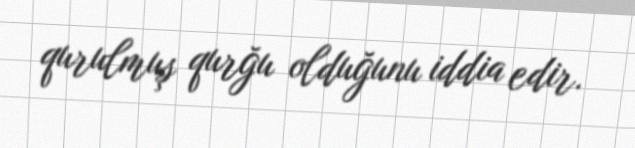
qurulmuş qurğu olduğunu iddia edir.